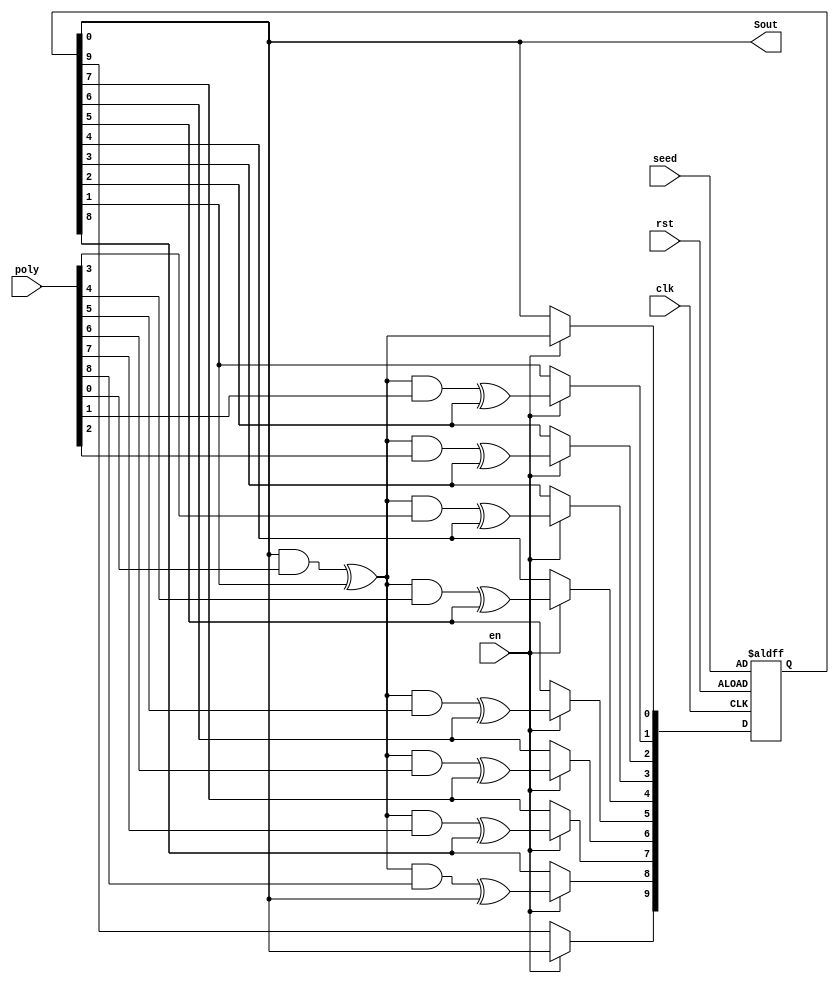
 
`timescale 1ns/1ns

module SRSG(clk, rst, en, poly, seed, Sout);
			
   input clk, rst, en;
   input [9:0] seed;
   input [9:0] poly;
   output Sout;
   reg [9:0] data;
   integer i;
	
   always @(posedge clk or posedge rst) begin
      if(rst == 1'b1)
         data = seed;
      else if(en == 1'b1) begin			
         data[9] = data[0];
         for(i = 0; i < 9; i = i + 1) begin
            data[i] = (data[0] & poly[i]) ^ data[i + 1];
         end //for
      end
   end
			
   assign Sout = data[0];
endmodule